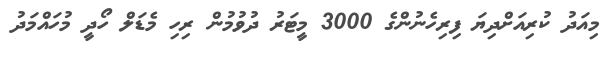
މިއަދު ކުރިއަށްދިޔަ ފިރިހެނުންގެ 3000 މީޓަރު ދުވުމުން ރިހި މެޑަލް ހޯދީ މުހައްމަދު